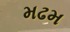
મઢમ